Civil Veterinary Dept. North-West Frontier Province 1901-22 - 1901-1922
Year: 1901
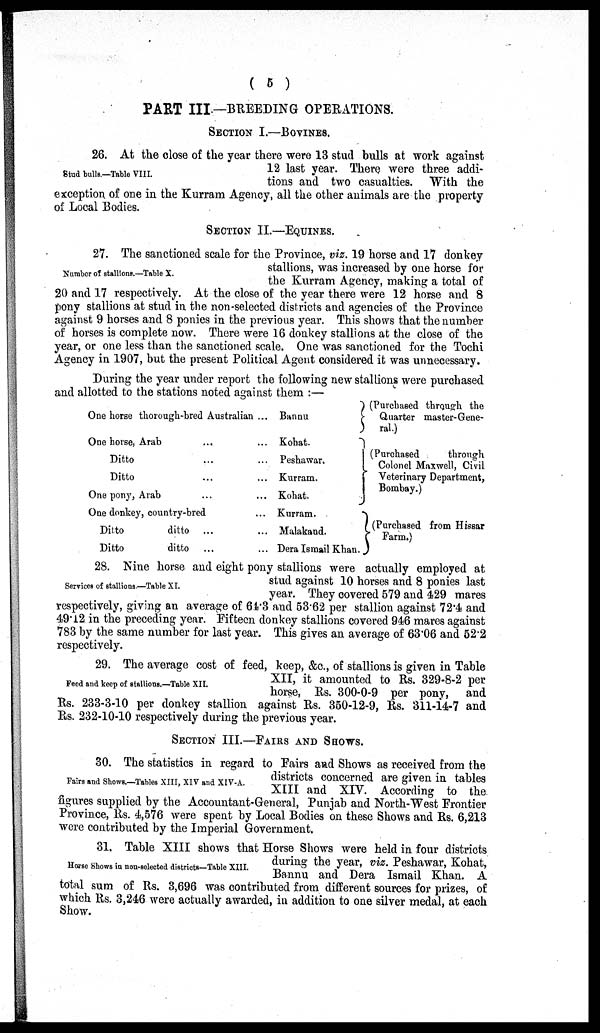
( 5 )
PART III —BREEDING OPERATIONS.
SECTION I.—BOVINES.
Stud bulls.—Table VIII.
26. At the close of the year there were 13 stud bulls at work against
12 last year. There were three addi-
tions and two casualties. With the
exception of one in the Kurram Agency, all the other animals are the property
of Local Bodies.
SECTION II.—EQUINES.
Number of stallions.—Table X.
27. The sanctioned scale for the Province, viz. 19 horse and 17 donkey
stallions, was increased by one horse for
the Kurram Agency, making a total of
20 and 17 respectively. At the close of the year there were 12 horse and 8
pony stallions at stud in the non-selected districts and agencies of the Province
against 9 horses and 8 ponies in the previous year. This shows that the number
of horses is complete now. There were 16 donkey stallions at the close of the
year, or one less than the sanctioned scale. One was sanctioned for the Tochi
Agency in 1907, but the present Political Agent considered it was unnecessary.
During the year under report the following new stallions were purchased
and allotted to the stations noted against them:—
One horse thorough-bred Australian
One horse, Arab
...
...
Ditto...
Ditto
One pony, Arab... ...
One donkey, country-bred...
Dilto
ditto ...
...
Ditto
ditto
...
Bannu
Kohat.
Peshawar.
Kurram.
Kohat.
Kurram.
Malakaud.
Dera Ismail Khan.
Purchased through the
}Quarter master-Gene-
ral.)
(Purchased
through
Colonel Maxwell, Civil
} Veterinary Department,
Bombay.)
(Purchased
from Hissar
Farm.)
Services of stallions.—Table XI.
28. Nine horse and eight pony stallions were actually employed at
stud against 10 horses and 8 ponies last
year. They covered 579 and 429 mares
respectively, giving an average of 64.3 and 53.62 per stallion against 72.4 and
49.12 in the preceding year. Fifteen donkey stallions covered 946 mares against
783 by the same number for last year. This gives an average of 63.06 and 52.2
respectively.
Feed and keep of stallions.—Table XII.
29. The average cost of feed, keep, &c., of stallions is given in Table
XII, it amounted to Rs. 329-8-2 per
horse, Rs. 300-0-9 per pony, and
Rs. 233-3-10 per donkey stallion against Rs. 350-12-9, Rs. 311-14-7 and
Rs. 232-10-10 respectively during the previous year.
SECTION III.—FAIRS AND SHOWS.
Fairs and Shows.—Tables XIII, XIV and XIV-A.
30. The statistics in regard to Fairs and Shows as received from the
districts concerned are given in tables
XIII and XIV. According to the
figures supplied by the Accountant-General, Punjab and North-West Frontier
Province, Rs. 4,576 were spent by Local Bodies on these Shows and Rs. 6,213
were contributed by the Imperial Government.
Horse Shows in non-selected districts—Table XIII.
31. Table XIII shows that Horse Shows were held in four districts
during the year, viz. Peshawar, Kohat,
Bannu and Dera Ismail Khan. A
total sum of Rs. 3,696 was contributed from different sources for prizes, of
which Rs. 3,246 were actually awarded, in addition to one silver medal, at each
Show.